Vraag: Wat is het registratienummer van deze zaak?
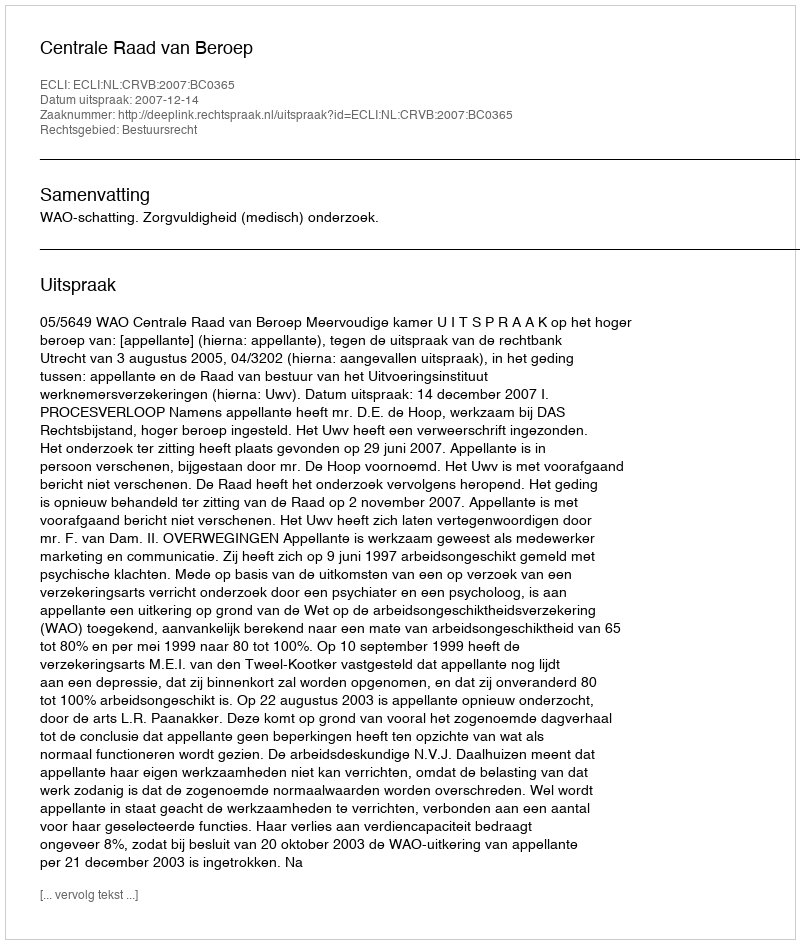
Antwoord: http://deeplink.rechtspraak.nl/uitspraak?id=ECLI:NL:CRVB:2007:BC0365